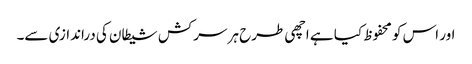
اور اس کو محفوظ کیا ہے اچھی طرح ہر سرکش شیطان کی دراندازی سے۔